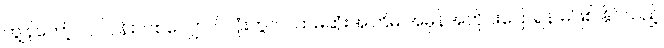
ကျွန်တော့် လုပ်ငန်းတစ်လျှောက်လုံးတွင် ပထမဆုံးအကြိမ် အမှန်အတိုင်းပြောရန် မဖြစ် နိုင်သည့်